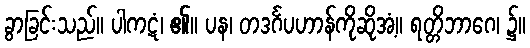
ခွာခြင်းသည်။ ပါကဋံ၊ ၏။ ပန၊ တဒင်္ဂပဟာန်ကိုဆိုအံ့။ ရတ္တိဘာဂေ၊ ၌။